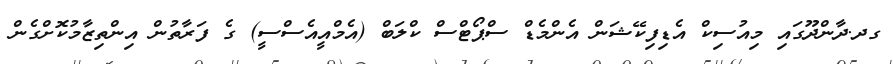
ގދ.ދާންދޫގައި މިއުސިކް އެޑިފިކޭޝަން އެންމެޑް ސްޕޯޓްސް ކްލަބް (އެމްއީއެސްސީ) ގެ ފަރާތުން އިންތިޒާމުކޮށްގެން